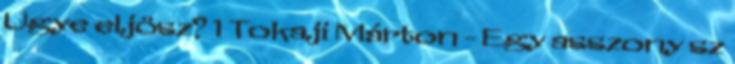
Ugye eljösz? 1 Tokaji Márton - Egy asszony sz